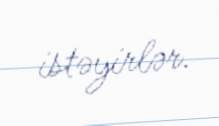
istəyirlər.